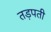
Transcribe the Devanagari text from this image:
तड़पती